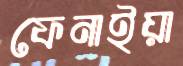
ফেনাইয়া